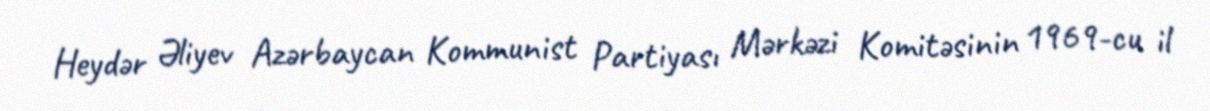
Heydər Əliyev Azərbaycan Kommunist Partiyası Mərkəzi Komitəsinin 1969-cu il